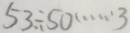
5 3 . \div 5 0 \cdots 3